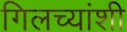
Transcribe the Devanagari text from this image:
गिलच्यांशी